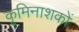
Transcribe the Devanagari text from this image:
कृमिनाशकों